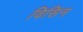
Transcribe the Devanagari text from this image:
विसिन